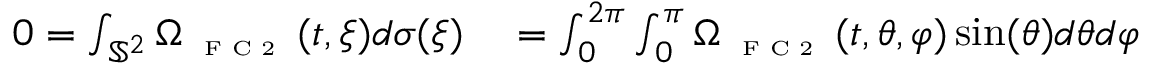
\begin{array} { r l } { 0 = \int _ { \mathbb { S } ^ { 2 } } \Omega _ { \textnormal { \tiny { F C 2 } } } ( t , \xi ) d \sigma ( \xi ) } & { { } = \int _ { 0 } ^ { 2 \pi } \int _ { 0 } ^ { \pi } \Omega _ { \textnormal { \tiny { F C 2 } } } ( t , \theta , \varphi ) \sin ( \theta ) d \theta d \varphi } \end{array}